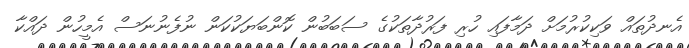
އެނދުތައް ވަކިކުރުމަށް ދަމާފައި ހުރި ފަރުދާތަކުގެ ސަބަބުން ކޮންބަޔަކުކަން ނުފެނުނަސް އެމީހުން ދައްކާ